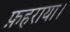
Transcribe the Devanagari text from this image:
फ़हराया।